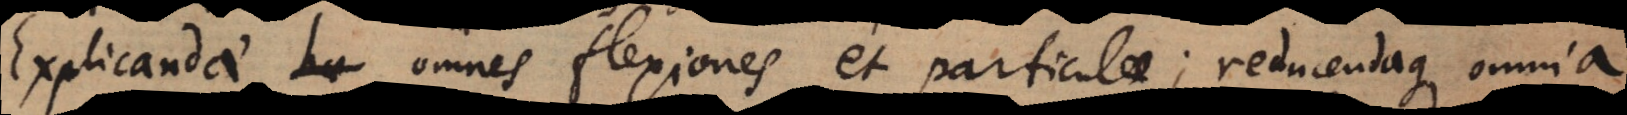
Explicandae omnes flexiones et particulae; reducendaque omnia